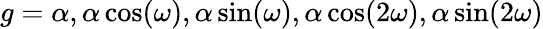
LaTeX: g=\alpha,\alpha\cos(\omega),\alpha\sin(\omega),\alpha\cos(2\omega),\alpha\sin(2\omega)